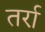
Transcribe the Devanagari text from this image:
तर्रा